Civil Veterinary Department Bengal reports 1933-51 - 1933-1951
Year: 1933
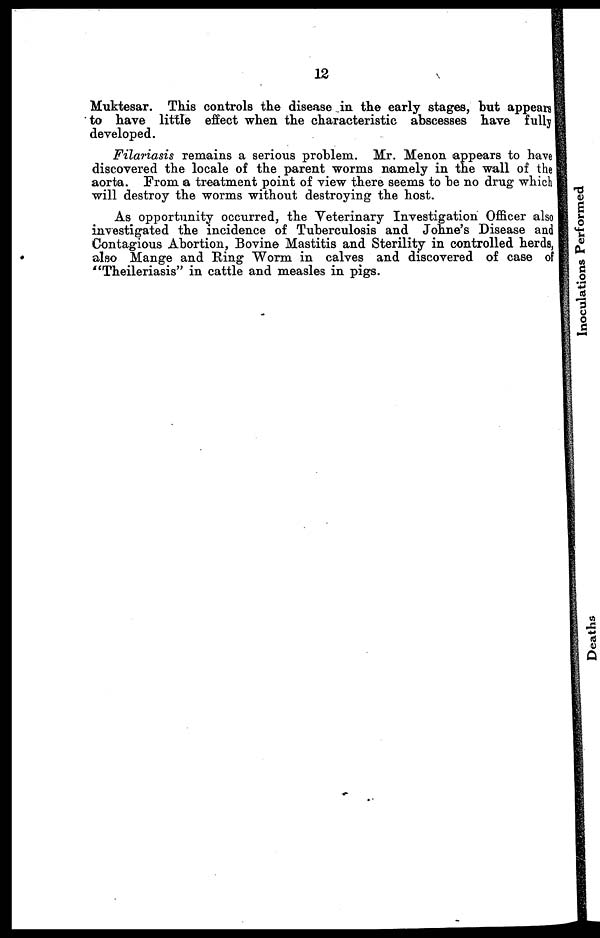
12
Muktesar. This controls the disease in the early stages, but appears
to have little effect when the characteristic abscesses have fully
developed.
Filariasis remains a serious problem. Mr. Menon appears to have
discovered the locale of the parent worms namely in the wall of the
aorta. From a treatment point of view there seems to be no drug which
will destroy the worms without destroying the host.
As opportunity occurred, the Veterinary Investigation Officer also
investigated the incidence of Tuberculosis and Johne's Disease and
Contagious Abortion, Bovine Mastitis and Sterility in controlled herds,
also Mange and Ring Worm in calves and discovered of case of
"Theileriasis" in cattle and measles in pigs.